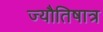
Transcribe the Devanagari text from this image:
ज्यौतिषात्र